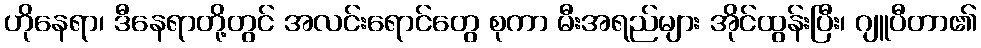
ဟိုနေရာ၊ ဒီနေရာတို့တွင် အလင်းရောင်တွေ စုကာ မီးအရည်များ အိုင်ထွန်းပြီး၊ ဂျူပီတာ၏